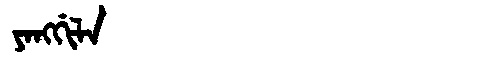
Manchu: ᠶᠠᠩᡤᡳᠯᠠ
Romanization: YANGGILA